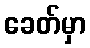
ခေတ်မှာ